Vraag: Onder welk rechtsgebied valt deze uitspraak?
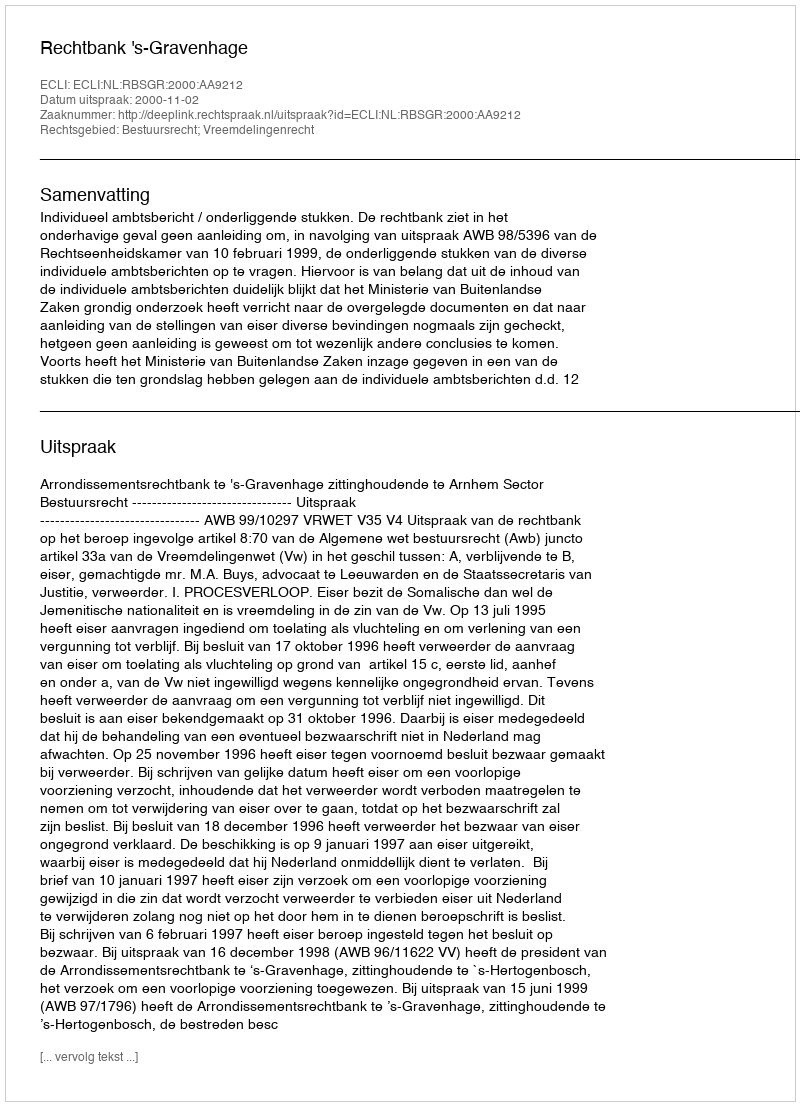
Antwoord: Bestuursrecht; Vreemdelingenrecht